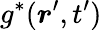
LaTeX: g^{\ast}(\boldsymbol{r}^{\prime},t^{\prime})